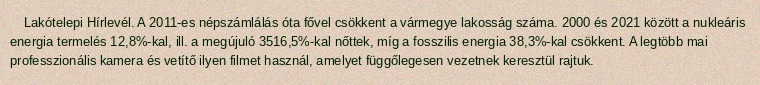
Lakótelepi Hírlevél. A 2011-es népszámlálás óta fővel csökkent a vármegye lakosság száma. 2000 és 2021 között a nukleáris energia termelés 12,8%-kal, ill. a megújuló 3516,5%-kal nőttek, míg a fosszilis energia 38,3%-kal csökkent. A legtöbb mai professzionális kamera és vetítő ilyen filmet használ, amelyet függőlegesen vezetnek keresztül rajtuk.